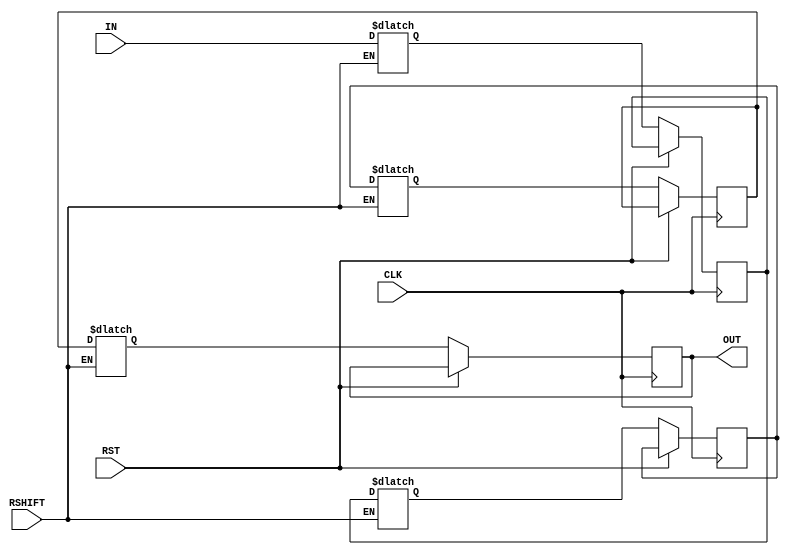
module siso_right_Nb #( parameter BUS_WIDTH = 8, SISO_WIDTH = 4 )   (
                                                                        input RST,
                                                                        input CLK,
                                                                        input RSHIFT,
                                                                        input [BUS_WIDTH-1:0] IN,
                                                                        output [BUS_WIDTH-1:0] OUT
                                                                    );

    reg [BUS_WIDTH-1:0] siso_mem_p[SISO_WIDTH-1:0], siso_mem_n[SISO_WIDTH-1:0];
    integer i = 0, j = 0;

    always@(*)
    begin
        if( RSHIFT )
        begin
            for( i = 0; i < SISO_WIDTH; i = i + 1 )
            begin
                if( i == (SISO_WIDTH-1) )
                begin
                    siso_mem_n[i] = IN;
                end
                else
                begin
                    siso_mem_n[i] = siso_mem_p[i+1];
                end
            end
        end
    end

    always@( posedge CLK or posedge RST )
    begin
        for( j = 0; j < SISO_WIDTH; j = j + 1 )
        begin
            siso_mem_p[j] <= siso_mem_p[j];
        end

        if( RST )
        begin
            // Does nothing actually
        end
        else
        begin
            for( j = 0; j < SISO_WIDTH; j = j + 1 )
            begin
                siso_mem_p[j] <= siso_mem_n[j];
            end
        end
    end

    assign OUT = siso_mem_p[0];

endmodule